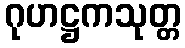
ဂုဟဋ္ဌကသုတ္တ